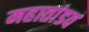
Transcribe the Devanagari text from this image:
महातांडव